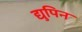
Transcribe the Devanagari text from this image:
द्युपिन